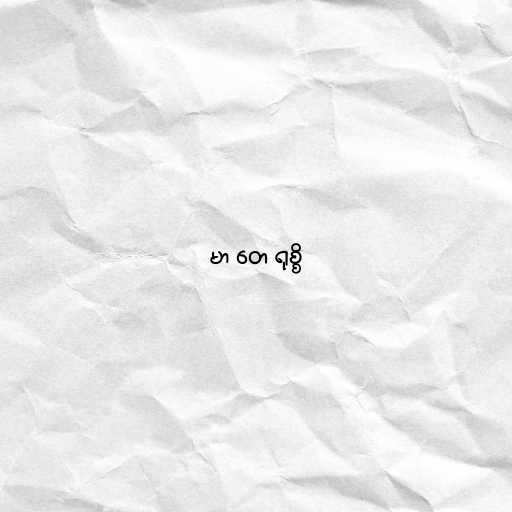
မာ တေ ရုစ္စိ